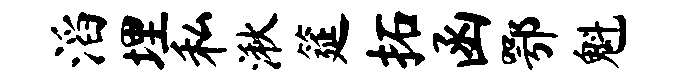
滔埋私湫筵拓函鄂魁